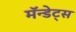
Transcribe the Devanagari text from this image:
मॅन्डेट्स